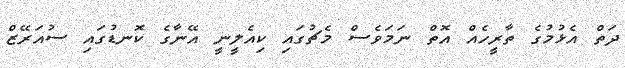
ދަތް އެޅުމުގެ ތާރީހެއް އޮތް ނަމަވެސް މެޗުގައި ކިއެލީނީ އޭނާގެ ކޮނޑުގައި ސުއަރޭޒް